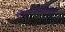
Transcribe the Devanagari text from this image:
हिरण्यकशिपूचे